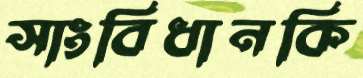
সাংবিধানকি